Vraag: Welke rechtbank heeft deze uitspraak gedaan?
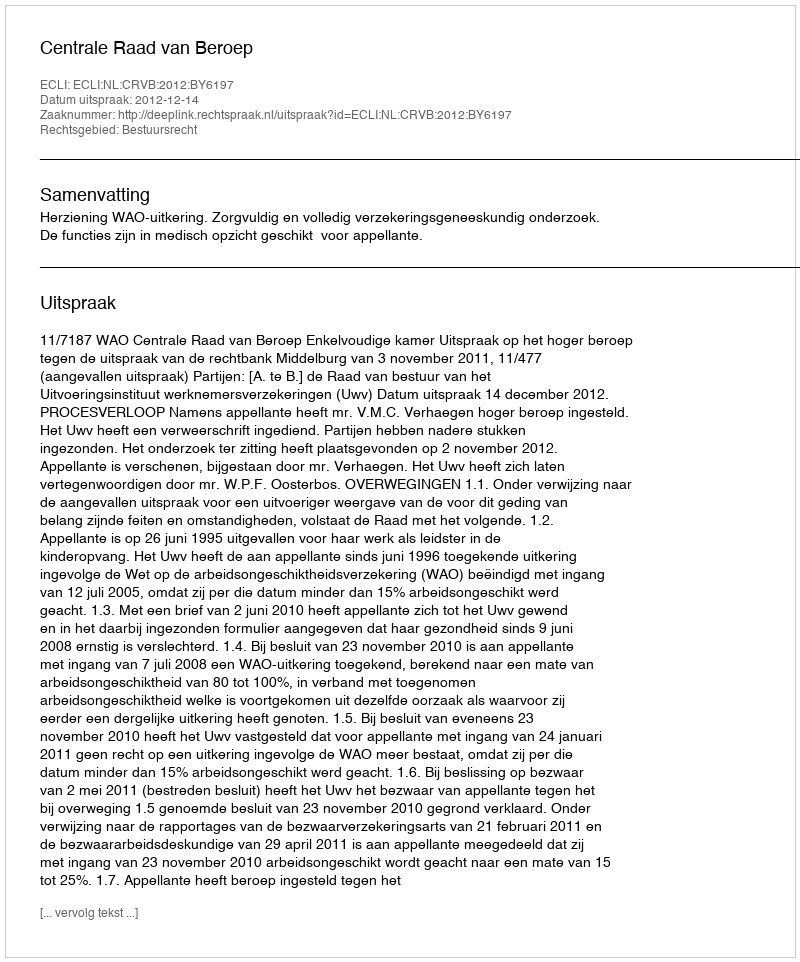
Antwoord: Centrale Raad van Beroep